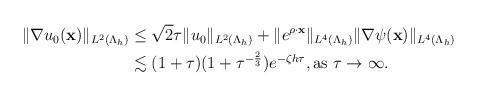
LaTeX: \begin{align*} \begin{aligned} \|\nabla u_{0}(\mathbf x)\|_{L^{2}(\Lambda_h)} &\leq \sqrt{2}\tau \|u_{0}\|_{ L^{2}(\Lambda_h)}+\|e^{\rho \cdot \mathbf x}\|_{ L^{4}(\Lambda_h)} \|\nabla \psi(\mathbf x)\|_{ L^{4}(\Lambda_h)}\\ &\lesssim(1+\tau)(1+\tau^{-\frac{2}{3}})e^{-\zeta h\tau},\mbox{as $\tau \rightarrow \infty$. } \end{aligned} \end{align*}